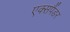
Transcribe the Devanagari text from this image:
एक्सपैंडर